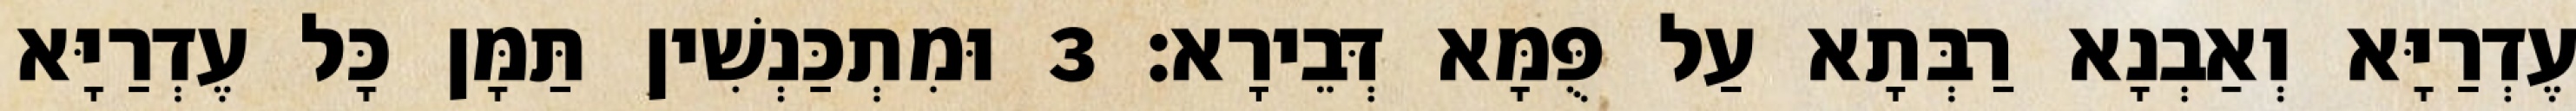
עֶדְרַיָּא וְאַבְנָא רַבְּתָא עַל פֻּמָּא דְּבֵירָא׃ 3 וּמִתְכַּנְשִׁין תַּמָּן כָּל עֶדְרַיָּא